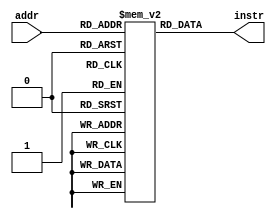
module icache(addr,instr);
input [8:0] addr;
output [31:0] instr;

parameter MEM_SIZE = 512;
reg [31:0] memory [0:MEM_SIZE-1];

assign instr = memory[addr];

endmodule